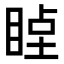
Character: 𥇞